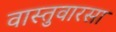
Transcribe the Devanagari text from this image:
वास्तुवारसा